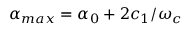
\alpha _ { m a x } = \alpha _ { 0 } + 2 c _ { 1 } / \omega _ { c }